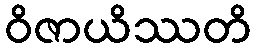
ဝိဇာယိဿတိ